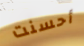
أحسنت